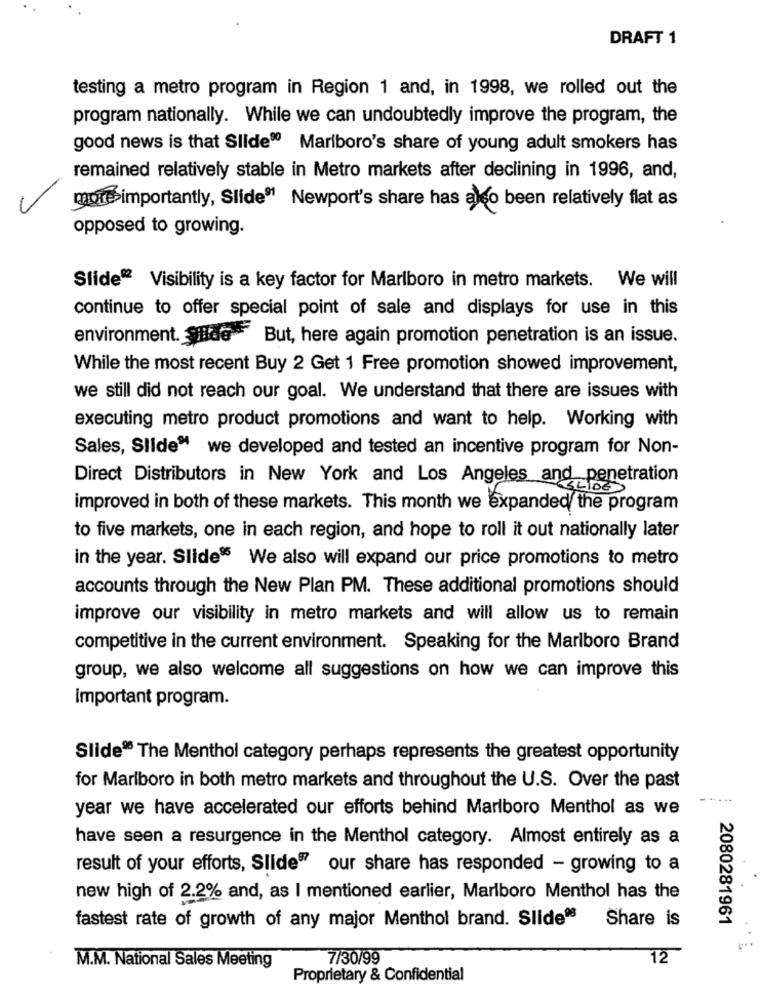
DRAFT 1
testing a metro program in Region 1 and, in 1998, we rolled out the
program nationally. While we can undoubtedly improve the program, the
good news is that Slide® Marlboro's share of young adult smokers has
remained relatively stable in Metro markets after declining in 1996, and,
more importantly, Slide® Newport's share has also been relatively flat as
opposed to growing.
Slide® Visibility is a key factor for Marlboro in metro markets. We will
continue to offer special point of sale and displays for use in this
environment. Silas But, here again promotion penetration is an issue.
While the most recent Buy 2 Get 1 Free promotion showed improvement,
we still did not reach our goal. We understand that there are issues with
executing metro product promotions and want to help. Working with
Sales, Slide“ we developed and tested an incentive program for Non-
Direct Distributors in New York and Los Angeles and penetration
improved in both of these markets. This month we expanded the program
to five markets, one in each region, and hope to roll it out nationally later
in the year. Slide® We also will expand our price promotions to metro
accounts through the New Plan PM. These additional promotions should
improve our visibility in metro markets and will allow us to remain
competitive in the current environment. Speaking for the Marlboro Brand
group, we also welcome all suggestions on how we can improve this
Important program.
Slide® The Menthol category perhaps represents the greatest opportunity
for Marlboro in both metro markets and throughout the U.S. Over the past
year we have accelerated our efforts behind Marlboro Menthol as we
have seen a resurgence in the Menthol category. Almost entirely as a
result of your efforts, Slide our share has responded - growing to a
new high of 2.2% and, as I mentioned earlier, Marlboro Menthol has the
Share is
2080281961
fastest rate of growth of any major Menthol brand. Slideª
7/30/99
12
M.M. National Sales Meeting
Proprietary & Confidential